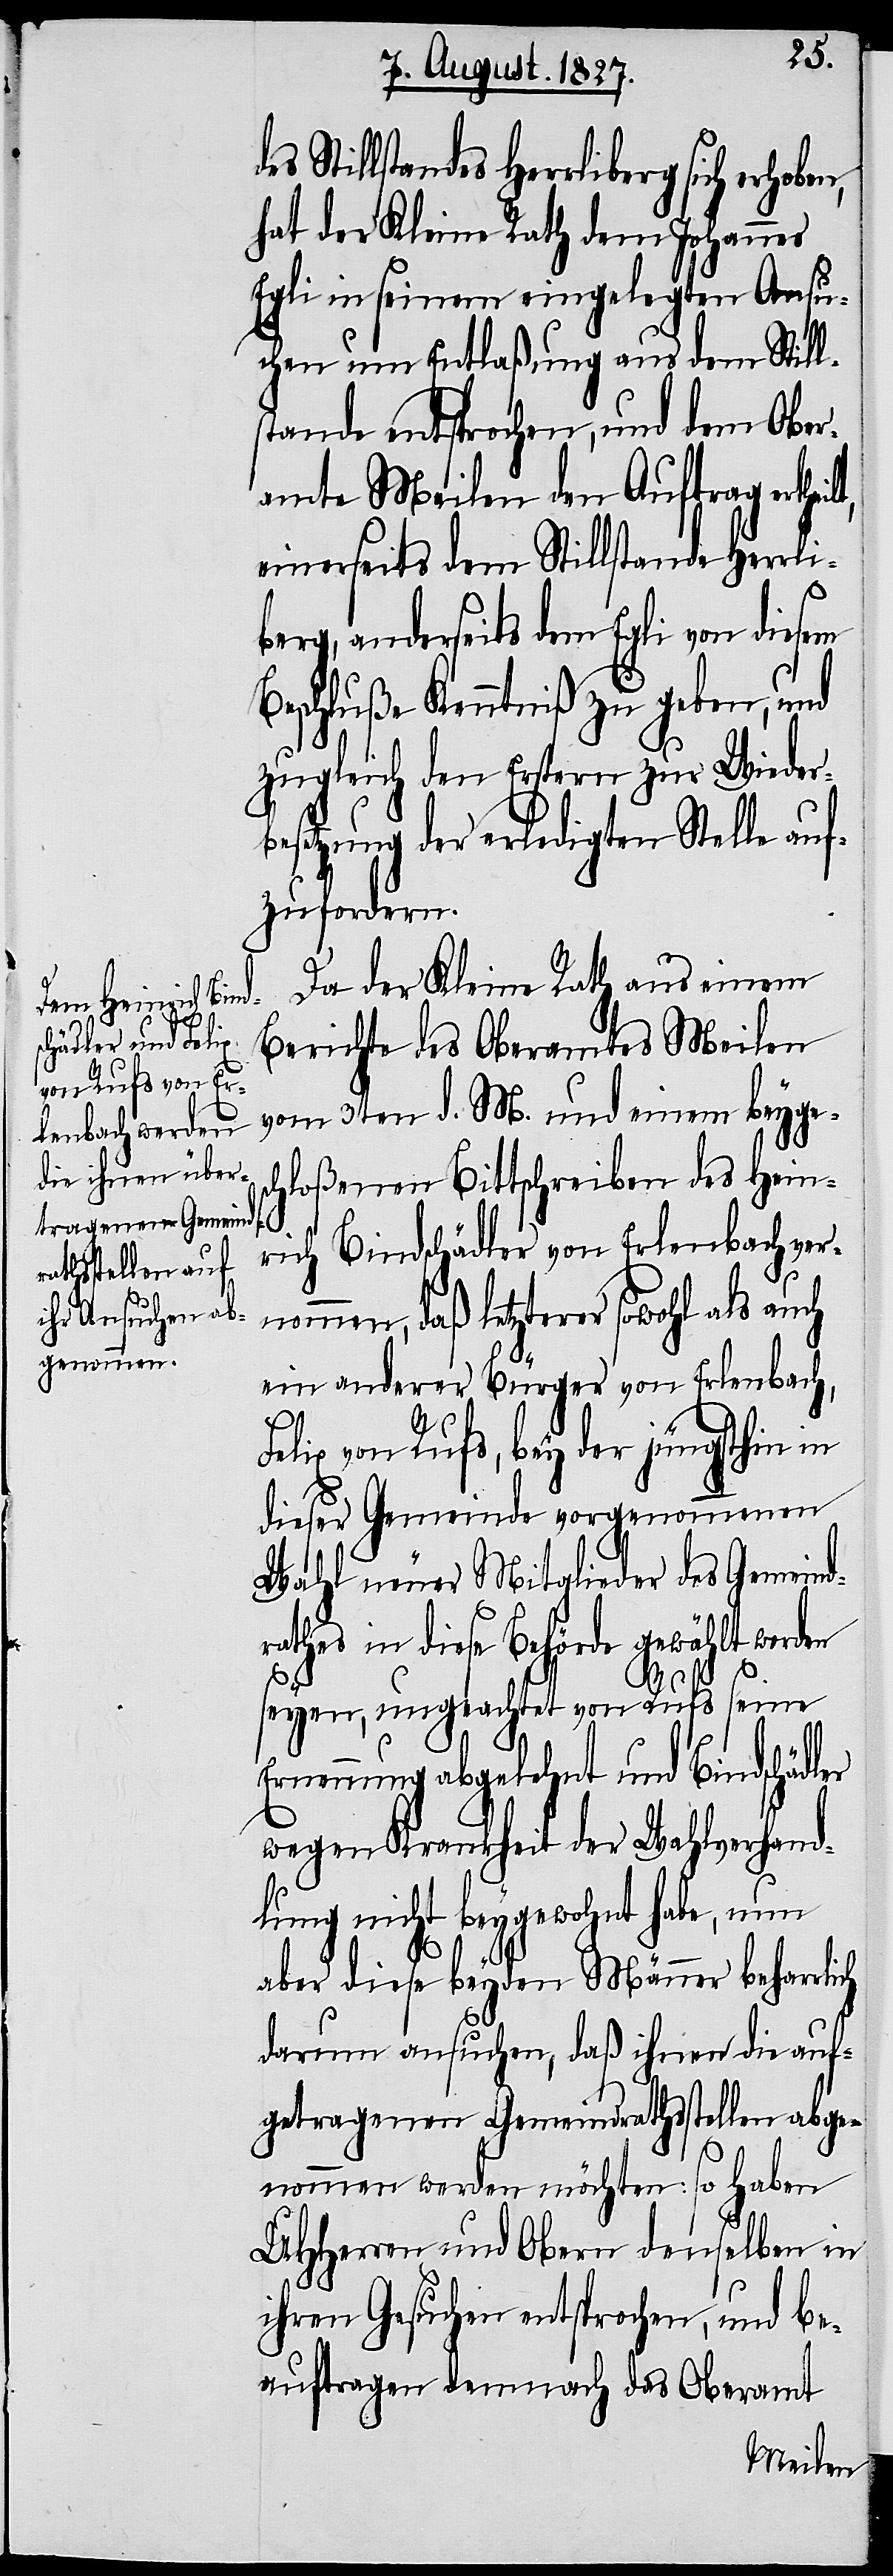
ilt,

es Stillstandes Herrliberg
hat der Kleine Rath dem Johannes
Egli in seinem eingelegten Ansu¬
chen um Entlaßung aus dem Still¬
stande entsprochen, und dem Ober¬
amt Meilen den Auftrag erthe¬
einerseits dem Stillstande Herrli¬
berg, anderseits dem Egli von diesem
Beschluße Kenntniß zu geben, und
zugleich den Erstern zur Wieder¬
besetzung der erledigten Stelle auf¬
zufordern.
Da der Kleine Rath aus einem
Berichte des Oberamtes Meilen
vom 3ten d. M. und einem beyge¬
schloßenen Bittschreiben des Hein¬
ich
rich Bindschädler von Erlenbach vern¬
ommen, daß letzterer sowohl als auch
ein anderer Bürger von Erlenbach,
elix von Rufs, bey der jüngsthin in
dieser Gemeinde vorgenommenen
Wahl neuer Mitglieder des Gemeind¬
rathes in diese Behörde gewählt worden
seyen, ungeachtet von Rufs seine
Ernennung abgelehnt und Bindschädler
wegen Krankheit der Wahlverhand¬
lung nicht beygewohnt habe, nun
aber diese beyden Männer beharrl¬
darum ansuchen, daß ihnen die auf¬
getragenen Gemeindrathsstellen abge¬
nommen werden möchten: so haben
UHHerren und Obern denselben in
ihren Gesuchen entsprochen, und be¬
auftragen demnach das Oberamt